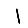
Digit: 1